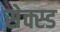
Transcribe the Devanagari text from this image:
सेक्स्ड